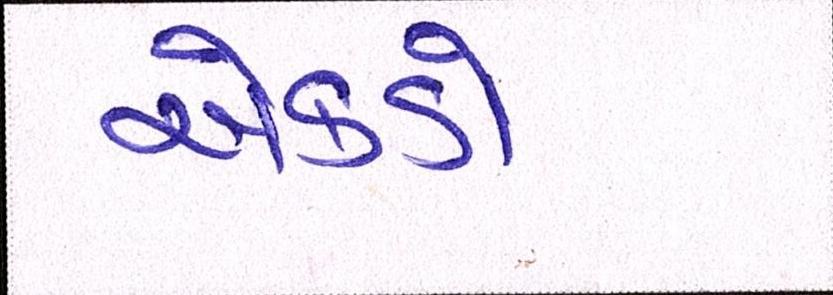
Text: એકડો